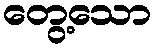
တွေ့သော